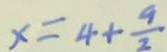
x = 4 + \frac { 9 } { 2 }